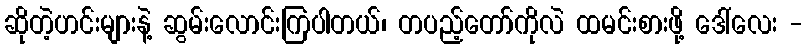
ဆိုတဲ့ဟင်းများနဲ့ ဆွမ်းလောင်းကြပါတယ်၊ တပည့်တော်ကိုလဲ ထမင်းစားဖို့ ဒေါ်လေး -